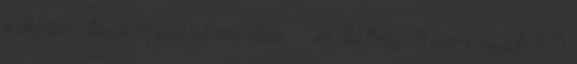
méhszáj tágulásának mértéke. – A datolyát evő anyák 83%